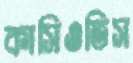
কাসিওতিস